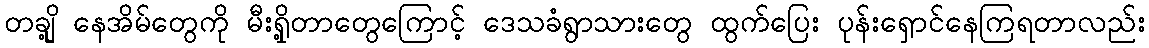
တချို့ နေအိမ်တွေကို မီးရှို့တာတွေကြောင့် ဒေသခံရွာသားတွေ ထွက်ပြေး ပုန်းရှောင်နေကြရတာလည်း